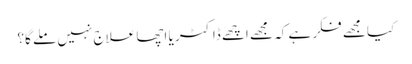
کیا مجھے فکر ہے کہ مجھے اچھے ڈاکٹر یا اچھا علاج نہیں ملے گا؟